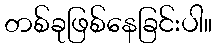
တစ်ခုဖြစ်နေခြင်းပါ။